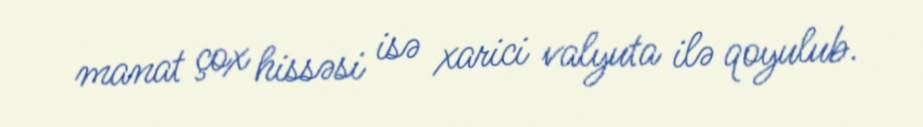
manat çox hissəsi isə xarici valyuta ilə qoyulub.